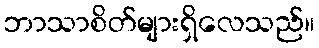
ဘာသာစိတ်များရှိလေသည်။